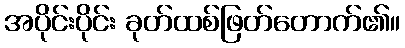
အပိုင်းပိုင်း ခုတ်ထစ်ဖြတ်တောက်၏။